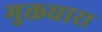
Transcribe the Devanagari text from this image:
मुक्तधारा